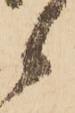
候